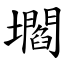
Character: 壛